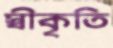
স্বীকৃতি